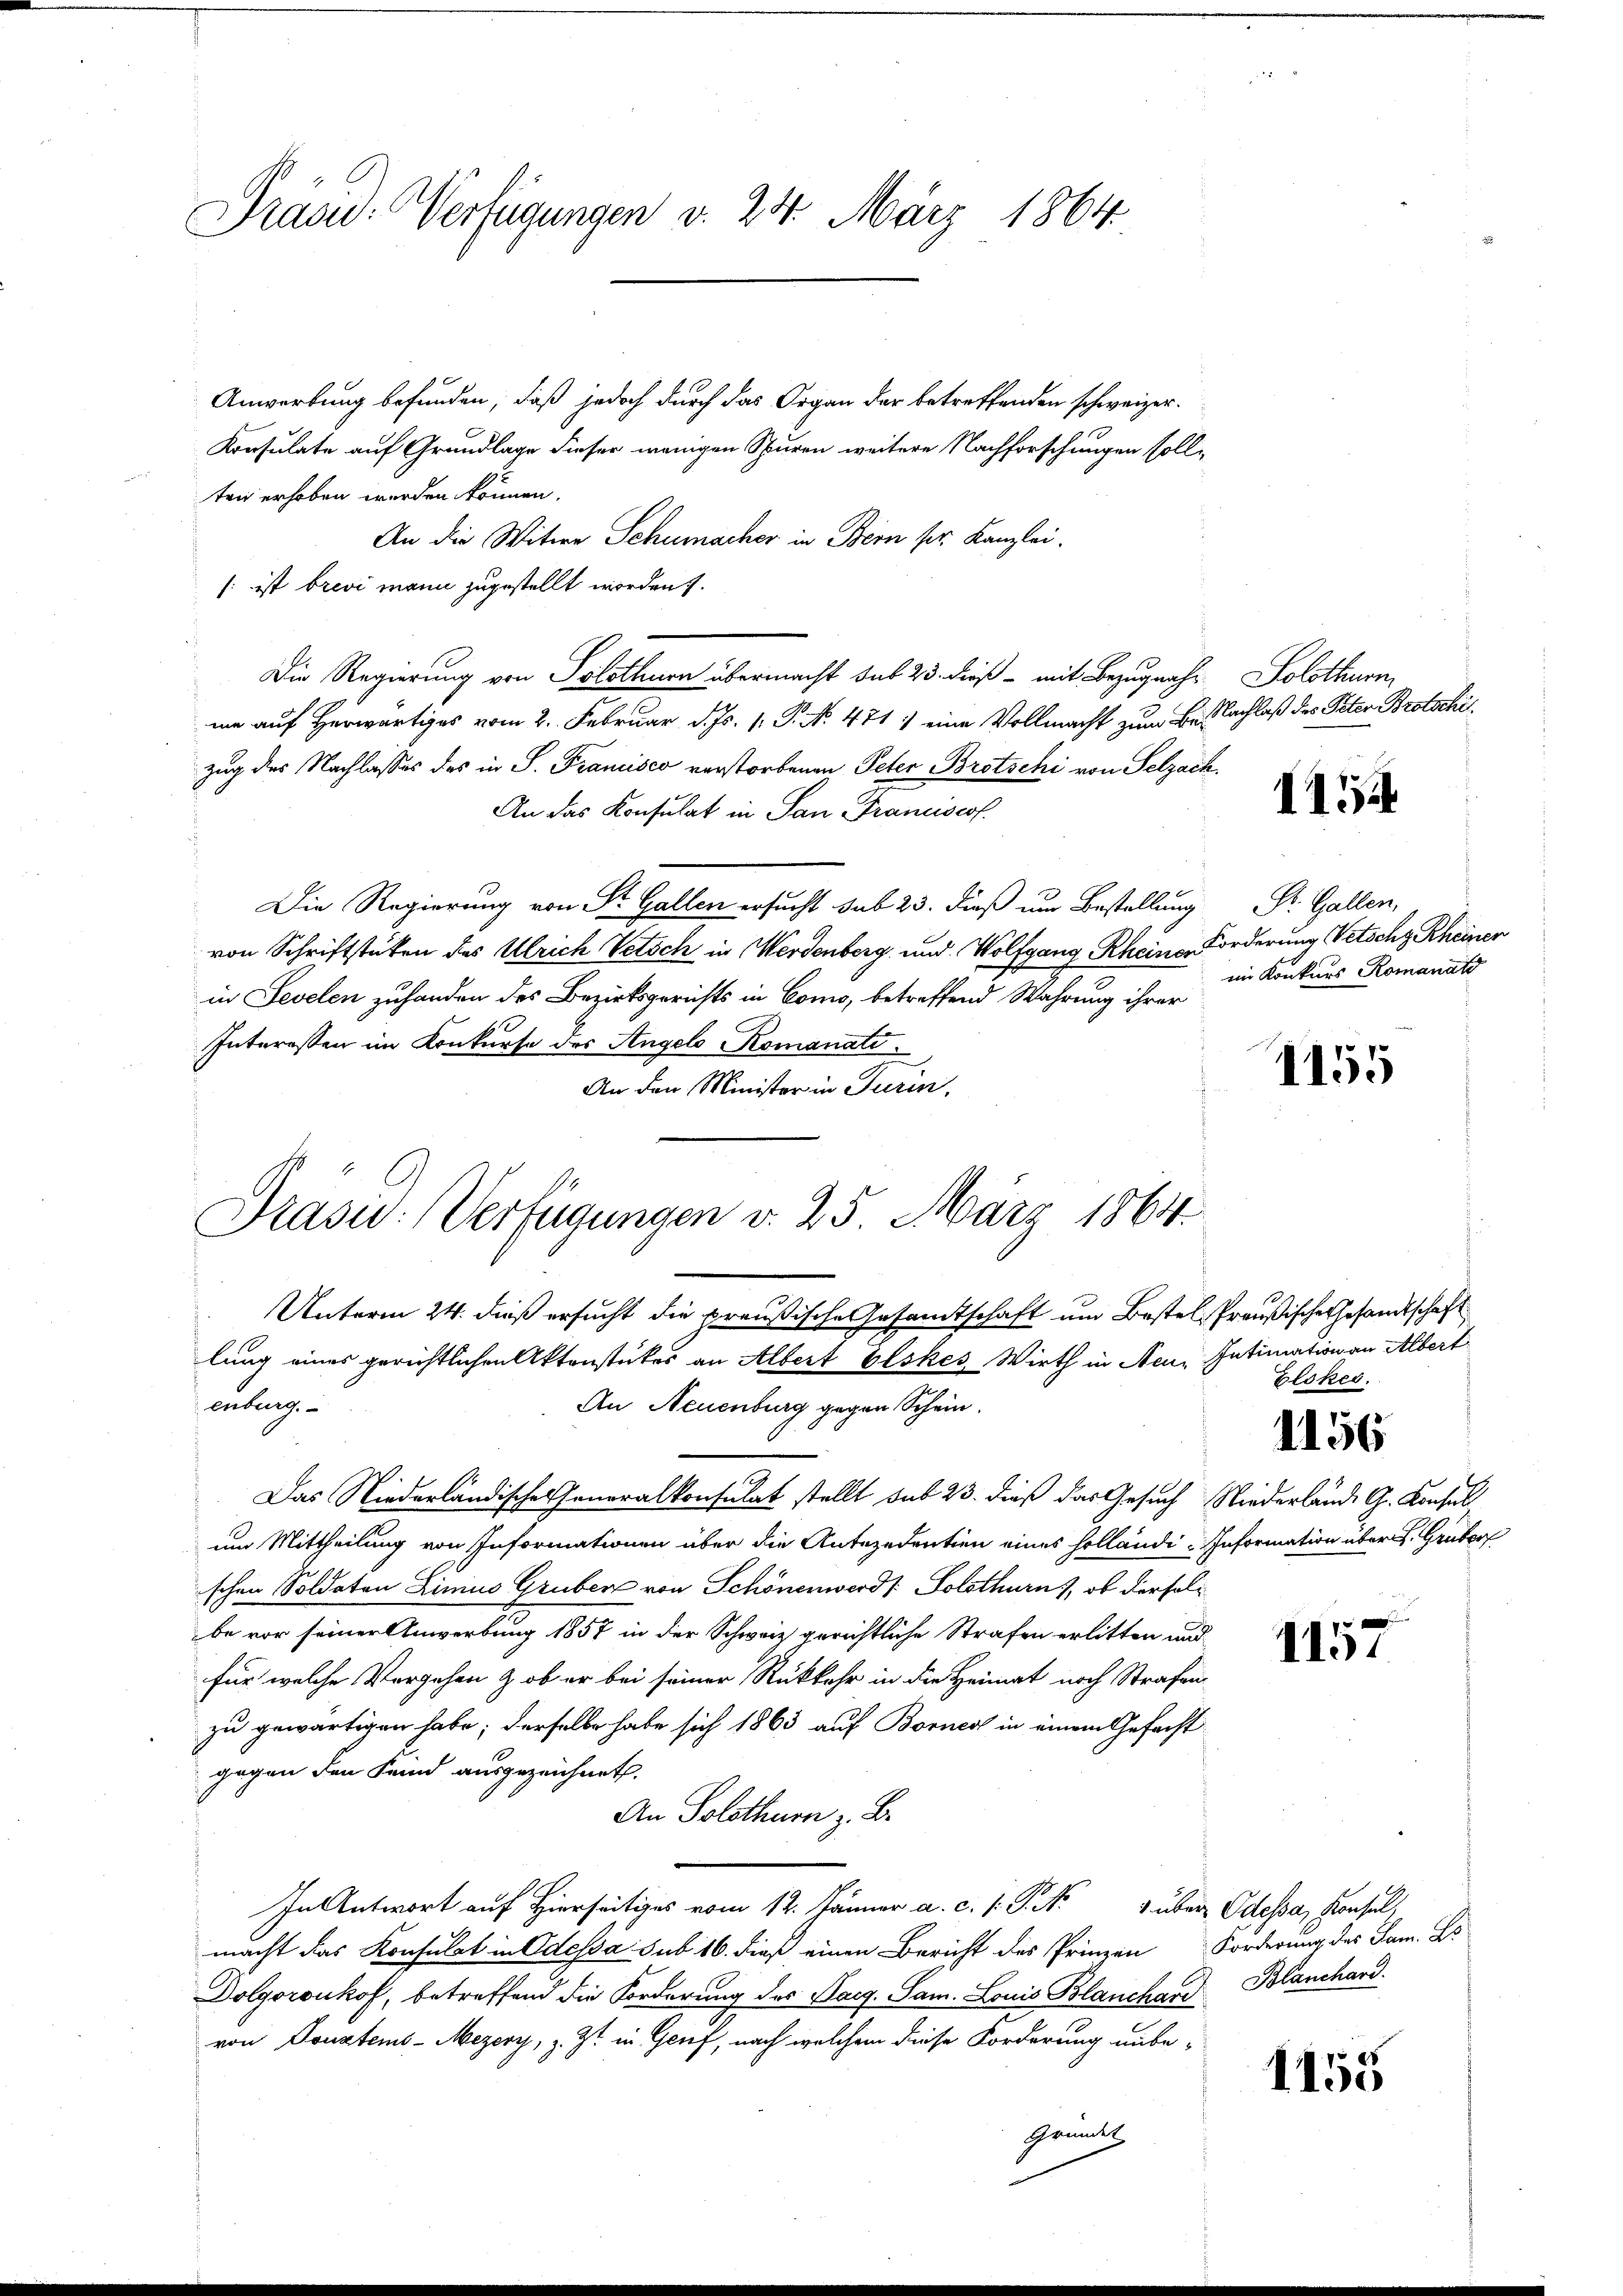
Präsid. Verfügungen v. 24. März 1864.

Anwortung befunden, daß jedoch durch das Organ der betreffenden schweizer¬
Konsulate auf Grundlage dieser wenigen Spuren weitere Nachforschungen sollten erhoben werden können.
An die Witwe Schumacher in Bern pr. Kanzlei.
/: ist brevi mann zugestellt worden.
Die Regierung von Solothurn übermacht sub 23. dieß – mit Bezugnahr. Solothurn
m auf Herwärtiges vom 2. Februar d. Js. 1. P. N. 471) eine Vollmacht zum Besachlaß des Peter Brotschi
zug des Nachlasses des in S. Francisco verstorbenen Peter Brotschi von Selzach.
An das Konsulat in San Franciscof.
Die Regierung von St. Gallen ersucht sub 23. dieß um Bestellung
von Schriftstuten des Ulrich Vetsch in Werdenberg und Wolfgang Rheine Forderung Vetochz Rheiner
in Fevelen zuhanden des Bezirksgerichts in Como, betreffend Wahrung ihrer
Interessen im Konkurse des Angelo Romanati
An den Minister in Turin.
Unterm 24. dieß ersucht die preußische Gesamtschaft um Bestel, Preußische Gesandtschaft
lung eines gerichtlichen Aktenstückes an Albert beskes, Wirth in Neue Intimation an Albert
enburg.
An Neuenburg gegen Schein.
Das Niederländische Generalkonsulat stellt sub 23. dieß das Gesuch Niederlände G. Konsul
um Mittheilung von Informationen über die Antezedentien eines Holländi- Information über. Gruber
schen Soldaten Limus Gruben von Schönenwerds Solothurn), ob derselbe vor seiner Anwerbung 1857 in der Schweiz gerichtliche Strafen erlitten und
für welche Vorgehen & ob er bei seiner Rückkehr in die Heimat noch Strafen
zu gewärtigen habe; derselbe habe sich 1863 auf Borner in einem Gefacht
gegen den Feind ausgezeichnet.
An Solothurn z. B.
In Antwort auf Hierseitiges vom 12. Jänner a. c. l. J. N. über Odessa, Konsul,
macht das Konsulat in Odessa sub 16. dieß einen Bericht des Prinzen Forderung des Sam. Es
Dolgoronhof, betreffend die Forderung des Sarg. Sam. Louis Blanchard Blanchard.
von Sonstems-Mezery, z. Zt. in Genf, nach welchem diese Forderung unbe-
Gründet

Präsid. Verfügungen v. 25. März 1864.

1154

Dr. Gallen,
im Konkurs Romanato

1155

Glokes.

1156

1157

1155